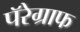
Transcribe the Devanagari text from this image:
पॅरेग्राफ